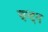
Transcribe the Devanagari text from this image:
चन्‍दन